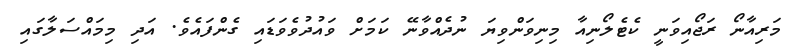
މަރިއާނޯ ރަޖޯއިވަނީ ކެޓެލޯނިއާ މިނިވަންވިޔަ ނުދެއްވާނޭ ކަމަށް ވައުދުވެވަޑައި ގެންފައެވެ. އަދި މިމައްސަލާގައި